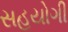
સહયોગી